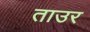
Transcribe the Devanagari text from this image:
ताउर